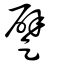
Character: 躄